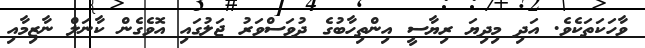
ވާހަކަތަކެވެ. އަދި މިދިޔަ ރިޔާސީ އިންތިހާބުގެ ދުވަސްވަރު ޖަލުގައި އޮވެގެން ކާނަލް ނާޒިމާއި